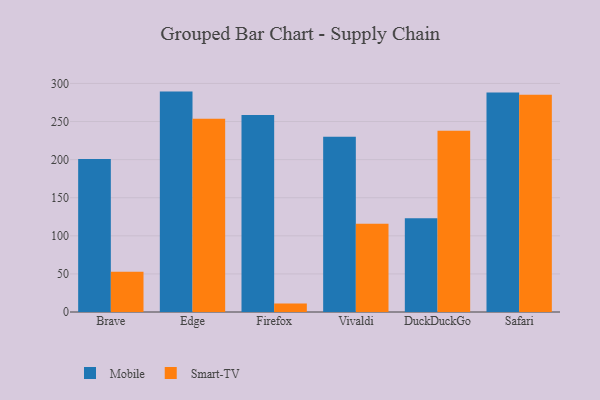
{"axis": {"x": "Browser", "y": "Energy Usage (MWh)"}, "legend": ["Mobile", "Smart-TV"], "data": [{"x": "Brave", "y": 200.9, "type": "Mobile"}, {"x": "Brave", "y": 52.9, "type": "Smart-TV"}, {"x": "Edge", "y": 289.3, "type": "Mobile"}, {"x": "Edge", "y": 253.7, "type": "Smart-TV"}, {"x": "Firefox", "y": 258.6, "type": "Mobile"}, {"x": "Firefox", "y": 11.3, "type": "Smart-TV"}, {"x": "Vivaldi", "y": 230.1, "type": "Mobile"}, {"x": "Vivaldi", "y": 115.9, "type": "Smart-TV"}, {"x": "DuckDuckGo", "y": 122.9, "type": "Mobile"}, {"x": "DuckDuckGo", "y": 238.0, "type": "Smart-TV"}, {"x": "Safari", "y": 288.2, "type": "Mobile"}, {"x": "Safari", "y": 285.3, "type": "Smart-TV"}]}